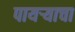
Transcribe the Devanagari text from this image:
पायऱ्याचा